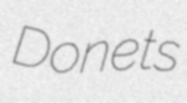
Donets